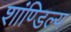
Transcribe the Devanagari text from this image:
शांण्डिल्य